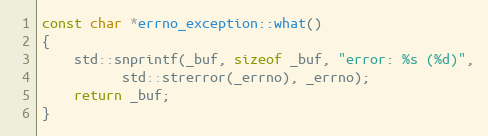
Language: C++
const char *errno_exception::what()
{
    std::snprintf(_buf, sizeof _buf, "error: %s (%d)",
		  std::strerror(_errno), _errno);
    return _buf;
}